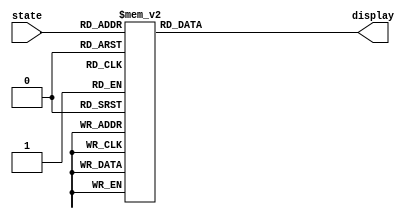
`timescale 1ns / 1ps
//****************************************************************// 
//                                                                // 
//  Created by Naoaki Takatsu on 02/12/2018.                      // 
//  Copyright  2018                                              //
//  Naoaki Takatsu. All rights reserved.                          // 
//                                                                // 
//                                                                // 
//  In submitting this file for class work at CSULB               // 
//  I am confirming that this is my work and the work             // 
//  of no one else. In submitting this code I acknowledge that    // 
//  plagiarism in student project work is subject to dismissal.   //  
//  from the class                                                // 
//****************************************************************//

module hex_to_7_segment_decoder(
    input      [3:0]  state, // 3 bit state_number
    output reg [6:0] display // 7 segment cathode display
    );

    always@(*)
	 begin
	 
		   case(state)
			
			    4'b0000: display <= {1'b1,1'b0,1'b0,1'b0,1'b0,1'b0,1'b0}; 
				 // state = 0_000, display 0
				 
				 4'b0001: display <= {1'b1,1'b1,1'b1,1'b1,1'b0,1'b0,1'b1}; 
				 // state = 0_001, display 1
				 
				 4'b0010: display <= {1'b0,1'b1,1'b0,1'b0,1'b1,1'b0,1'b0}; 
				 // state = 0_010, display 2
				 
				 4'b0011: display <= {1'b0,1'b1,1'b1,1'b0,1'b0,1'b0,1'b0}; 
				 // state = 0_011, display 3
				 
				 4'b0100: display <= {1'b0,1'b0,1'b1,1'b1,1'b0,1'b0,1'b1}; 
				 // state = 0_100, display 4
				 
				 4'b0101: display <= {1'b0,1'b0,1'b1,1'b0,1'b0,1'b1,1'b0}; 
				 // state = 0_101, display 5
				 
				 4'b0110: display <= {1'b0,1'b0,1'b0,1'b0,1'b0,1'b1,1'b0}; 
				 // state = 0_110, display 6
				 
				 4'b0111: display <= {1'b1,1'b1,1'b1,1'b1,1'b0,1'b0,1'b0}; 
				 // state = 0_110, display 7
				 
				 4'b1000: display <= {1'b0,1'b0,1'b0,1'b0,1'b0,1'b0,1'b0}; 
				 // state = 0_110, display 8
				 
				 4'b1001: display <= {1'b0,1'b0,1'b1,1'b0,1'b0,1'b0,1'b0}; 
				 // state = 0_110, display 9
				 
				 4'b1010: display <= {1'b0,1'b0,1'b0,1'b1,1'b0,1'b0,1'b0}; 
				 // state = 0_110, display A
				 
				 4'b1011: display <= {1'b0,1'b0,1'b0,1'b0,1'b0,1'b1,1'b1}; 
				 // state = 0_110, display b
				 
				 4'b1100: display <= {1'b1,1'b0,1'b0,1'b0,1'b1,1'b1,1'b0}; 
				 // state = 0_110, display C
				 
				 4'b1101: display <= {1'b0,1'b1,1'b0,1'b0,1'b0,1'b0,1'b1}; 
				 // state = 0_110, display d
				 
				 4'b1110: display <= {1'b0,1'b0,1'b0,1'b0,1'b1,1'b1,1'b0}; 
				 // state = 0_110, display E
				 
				 4'b1111: display <= {1'b0,1'b0,1'b0,1'b1,1'b1,1'b1,1'b0}; 
				 // state = 0_110, display F
				 
				 default: display <= {1'b1,1'b1,1'b1,1'b1,1'b1,1'b1,1'b1}; 
				 // default, display nothing
				 
			endcase
			
	end // always
	
endmodule